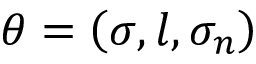
\theta = \left( \sigma , l , \sigma _ { n } \right)